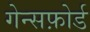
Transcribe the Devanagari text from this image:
गेन्सफ़ोर्ड